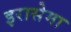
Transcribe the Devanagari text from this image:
इरासेमा